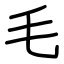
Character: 毛